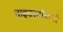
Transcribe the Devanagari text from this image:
नाइटस्टॉकर्स